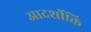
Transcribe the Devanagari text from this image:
आदर्शोक्ति